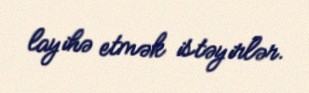
layihə etmək istəyirlər.